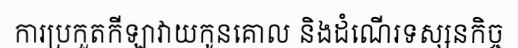
ការប្រកួតកីឡាវាយកូនគោល និងដំណើរទស្សនកិច្ច